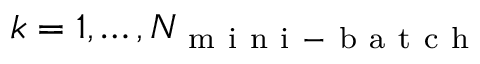
k = 1 , \ldots , N _ { \mathrm { ~ m ~ i ~ n ~ i ~ - ~ b ~ a ~ t ~ c ~ h ~ } }